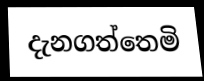
දැනගත්තෙමි